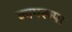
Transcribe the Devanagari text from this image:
कामरूप।